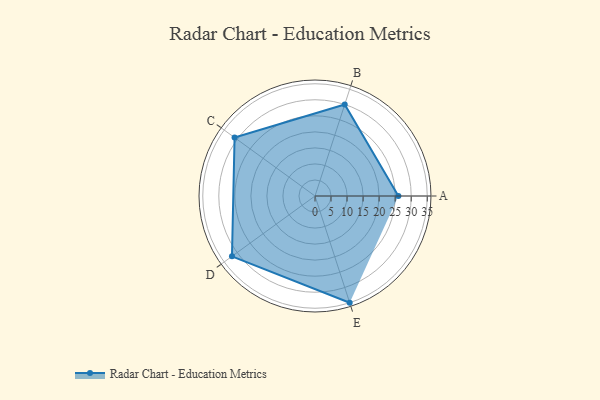
{"axis": {"x": "Skill", "y": "Score"}, "legend": ["Profile"], "data": [{"x": "A", "y": 26.0, "type": "Profile"}, {"x": "B", "y": 30.0, "type": "Profile"}, {"x": "C", "y": 31.0, "type": "Profile"}, {"x": "D", "y": 32.0, "type": "Profile"}, {"x": "E", "y": 35.0, "type": "Profile"}]}